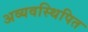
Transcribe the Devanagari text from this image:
अव्यवस्थिपित